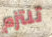
تلتزم